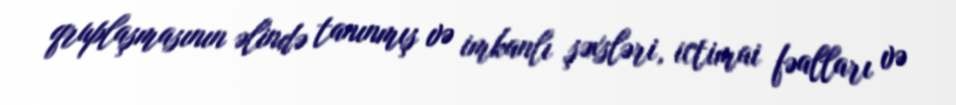
qruplaşmasının əlində tanınmış və imkanlı şəxsləri, ictimai fəalları və